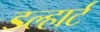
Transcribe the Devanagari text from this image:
डल्हार्ट